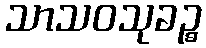
သာသဝသုခဉ္စ